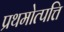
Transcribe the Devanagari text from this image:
प्रथमोत्पत्ति